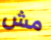
مش